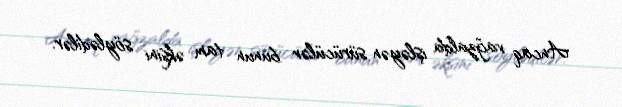
Ancaq vağzalda işləyən sürücülər bunun tam əksini söylədilər.